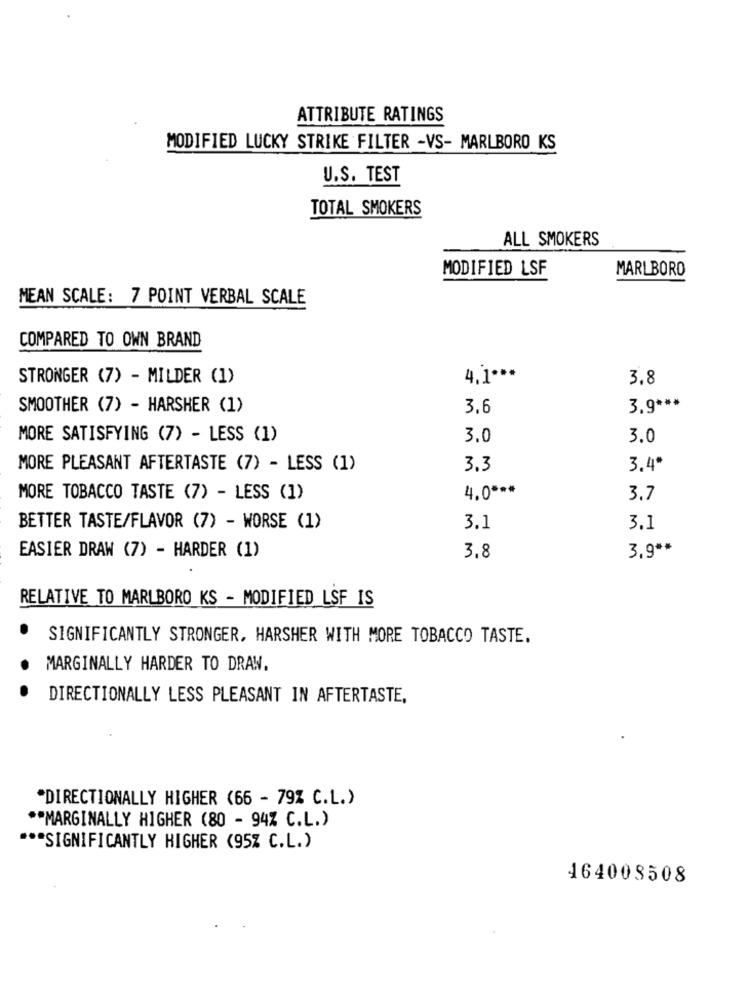
ATTRIBUTE RATINGS
MODIFIED LUCKY STRIKE FILTER -VS- MARLBORO KS
U.S. TEST
TOTAL SMOKERS
ALL SMOKERS
MODIFIED LSF
MARLBORO
MEAN SCALE: 7 POINT VERBAL SCALE
COMPARED TO OWN BRAND
STRONGER (7) - MILDER (1)
4.] ***
3.8
SMOOTHER (7) - HARSHER (1)
3.6
3.9 ***
MORE SATISFYING (7) - LESS (1)
3.0
3.0
MORE PLEASANT AFTERTASTE (7) - LESS (1)
3.3
3.4ª
4.0 ***
MORE TOBACCO TASTE (7) - LESS (1)
3.7
BETTER TASTE/FLAVOR (7) - WORSE (1)
3.1
3.1
EASIER DRAW (7) - HARDER (1)
3,8
3,9 **
RELATIVE TO MARLBORO KS - MODIFIED LSF IS
SIGNIFICANTLY STRONGER, HARSHER WITH MORE TOBACCO TASTE.
MARGINALLY HARDER TO DRAW.
DIRECTIONALLY LESS PLEASANT IN AFTERTASTE,
"DIRECTIONALLY HIGHER (66 - 79% C.L.)
** MARGINALLY HIGHER (80 - 94% C.L.)
*** SIGNIFICANTLY HIGHER (95% C.L.)
464003508